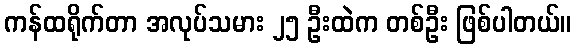
ကန်ထရိုက်တာ အလုပ်သမား ၂၅ ဦးထဲက တစ်ဦး ဖြစ်ပါတယ်။